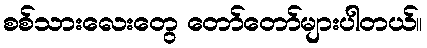
စစ်သားလေးတွေ တော်တော်များပါတယ်။